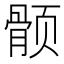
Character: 𱂵